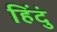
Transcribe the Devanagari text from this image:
हिंदुं